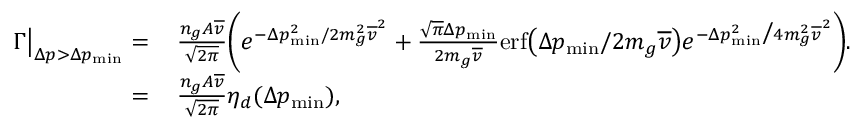
\begin{array} { r l } { \Gamma \big | _ { \Delta p > \Delta p _ { \mathrm { m i n } } } = } & { \, \frac { n _ { g } A \overline { { v } } } { \sqrt { 2 \pi } } \bigg ( e ^ { - \Delta p _ { \mathrm { m i n } } ^ { 2 } / 2 m _ { g } ^ { 2 } \overline { { v } } ^ { 2 } } + \frac { \sqrt { \pi } \Delta p _ { \mathrm { m i n } } } { 2 m _ { g } \overline { { v } } } \mathrm { e r f } \big ( \Delta p _ { \mathrm { m i n } } / 2 m _ { g } \overline { { v } } \big ) e ^ { - \Delta p _ { \mathrm { m i n } } ^ { 2 } \big / 4 m _ { g } ^ { 2 } \overline { { v } } ^ { 2 } } \bigg ) . } \\ { = } & { \, \frac { n _ { g } A \overline { { v } } } { \sqrt { 2 \pi } } \eta _ { d } ( \Delta p _ { \mathrm { m i n } } ) , } \end{array}